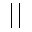
| |